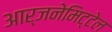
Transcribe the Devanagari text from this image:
आर्जनेमिट्टेल